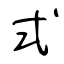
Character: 式